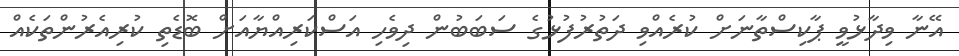
އޭނާ ވިދާޅުވީ ޕާކިސްތާނަށް ކުރެއްވި ދަތުރުފުޅުގެ ސަބަބުން ދިވެހި އަސްކަރިއްޔާއަށް ބޮޑެތި ކުރިއެރުންތަކެއް